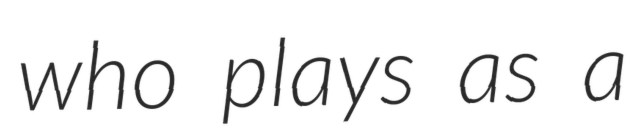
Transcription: who plays as a